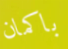
باكمان